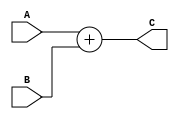
module somador1 (input [7:0]A, B,
						output [7:0]C);
	
	assign C = A + B;
	
endmodule